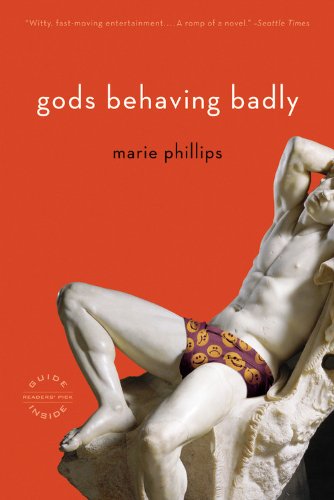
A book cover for Gods Behaving Badly: A Novel; Marie Phillips; Literature & Fiction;